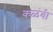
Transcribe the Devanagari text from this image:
कळंबी